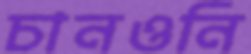
চানওনি